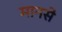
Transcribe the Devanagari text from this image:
मानसे